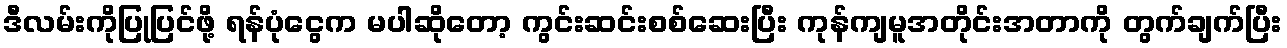
ဒီလမ်းကိုပြုပြင်ဖို့ ရန်ပုံငွေက မပါဆိုတော့ ကွင်းဆင်းစစ်ဆေးပြီး ကုန်ကျမူအတိုင်းအတာကို တွက်ချက်ပြီး